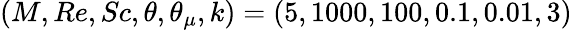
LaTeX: (M,Re,Sc,\theta,\theta_{\mu},k)=(5,1000,100,0.1,0.01,3)